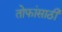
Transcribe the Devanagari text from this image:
तोफांसाठी